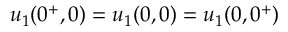
u _ { 1 } ( 0 ^ { + } , 0 ) = u _ { 1 } ( 0 , 0 ) = u _ { 1 } ( 0 , 0 ^ { + } )